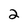
Character: 2